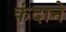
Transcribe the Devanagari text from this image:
कंदाने